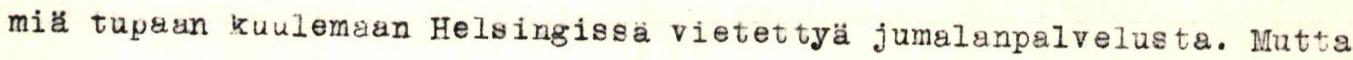
miä tupaan kuulemaan Helsingissä vietettyä jumalanpalvelusta. Mutta